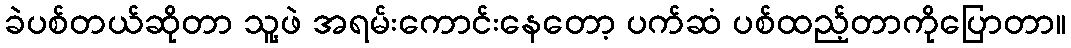
ခဲပစ်တယ်ဆိုတာ သူ့ဖဲ အရမ်းကောင်းနေတော့ ပက်ဆံ ပစ်ထည့်တာကိုပြောတာ။